Civil Veterinary Department Bengal reports 1923-33 - 1923-1933
Year: 1923
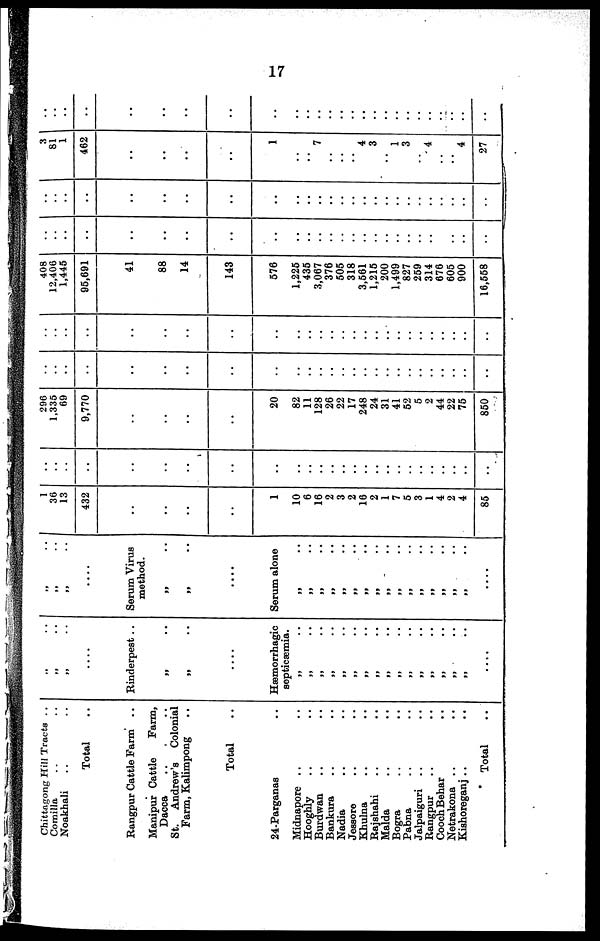
17
Chittagong Hill Tracts . .
Corailla .. ..
Noakhali .. ..
Total ..
Rangpur Cattle Farm ..
Manipur Cattle
Farm,
Dacca
St. Andrew's
Colonial
Farm, Kalimpong ..
Total ..
24-Parganas ..
Midnapore .. ..
Hooghly .. ..
Burdwan .. ..
Bankura .. ..
Nadia .. ..
Jessore .. ..
Khulna .. ..
Rajshahi .. ..
Malda .. ..
Bogra .. ..
Pabna .. ..
Jalpaiguri .. ..
Rangpur .. ..
Cooch Behar ..
Netrakona .. ..
Kiahoreganj .. ..
Total ..
„ ..
„ ..
„ ..
....
Rinderpest ..
„ ..
„ ..
....
Hæmorrhagic
septicaemia.
„
..
„
..
„ ..
„ ..
„ ..
„ ..
„ ..
„ ..
„ ..
„ ..
„ ..
„ ..
„ ..
„ ..
„ ..
„ ..
....
„ ..
„ ..
„ ..
....
Serum Virus
method.
„ ..
„ ..
....
Serum alone
„ ..
„ ..
„ ..
„ ..
„ ..
„ ..
„ ..
„ ..
„ ..
„ ..
„ ..
„ ..
„ ..
„ ..
„ ..
„ ..
....
1
36
13
432
..
..
..
..
1
10
6
18
2
3
2
16
2
1
7
5
3
1
4
2
4
85
..
..
..
..
..
..
..
..
..
..
..
..
..
....
..
..
..
..
..
..
..
..
..
..
..
296
1,335
69
9,770
..
..
..
..
20
82
11
128
26
22
17
248
24
31
41
52
5
2
44
22
75
850
..
..
..
..
..
..
..
..
..
..
..
..
..
..
..
..
..
..
..
..
..
.. ..
..
..
..
..
..
..
..
..
..
..
..
..
..
..
..
..
..
..
..
..
..
..
..
..
..
..
408
12,406
1,445
96,691
41
88
14
143
576
1,225
435
3,067
376
505
318
3,561
1,215
200
1,499
827
259
314
676
605
900
16,568
..
..
..
..
..
..
..
..
..
..
..
..
..
..
..
..
..
..
..
..
..
..
.. ..
..
..
..
..
..
..
..
..
..
..
..
..
..
..
..
..
..
..
..
..
..
..
..
..
..
..
..
..
3
81
1
462
..
..
..
..
1
..
..
7
..
..
..
4
3
..
1
3
..
4
..
..
4
27
..
..
..
..
..
..
..
..
..
..
..
..
..
..
..
..
..
..
..
..
..
..
..
..
..
..